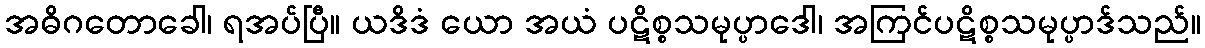
အဓိဂတောခေါ၊ ရအပ်ပြီ။ ယဒိဒံ ယော အယံ ပဋိစ္စသမုပ္ပာဒေါ၊ အကြင်ပဋိစ္စသမုပ္ပာဒ်သည်။